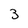
Character: 3